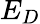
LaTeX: E_{D}